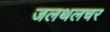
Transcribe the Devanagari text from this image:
जलथलचर